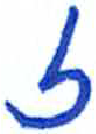
אות: ז